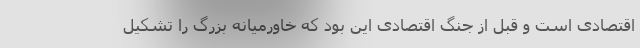
اقتصادی است و قبل از جنگ اقتصادی این بود که خاورمیانه بزرگ را تشکیل